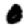
Digit: 0